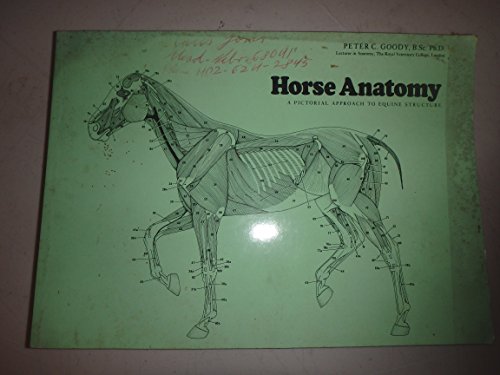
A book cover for Horse Anatomy: A Pictorial Approach to Equine Structure; Peter C. Goody; Medical Books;